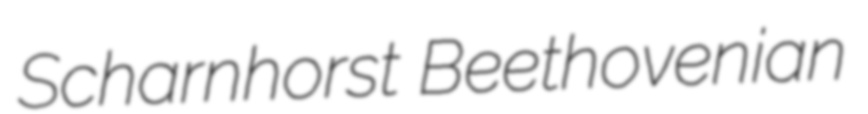
Scharnhorst Beethovenian